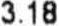
3.18